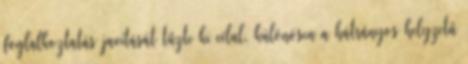
foglalkoztatás javítását tűzte ki célul, különösen a hátrányos helyzetű